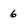
Character: 6